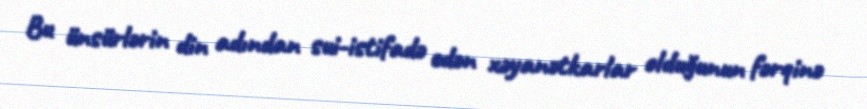
Bu ünsürlərin din adından sui-istifadə edən xəyanətkarlar olduğunun fərqinə